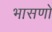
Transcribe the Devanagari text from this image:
भासणो